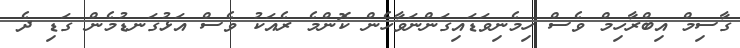
ގާސިމް އިބްރާހިމް ވެސް ހިމެނިވަޑައިގަންނަވާހެން ކޮންމެ ރެއަކު ވެސް އަޅުގަނޑުމެން ގަޑި ދެ